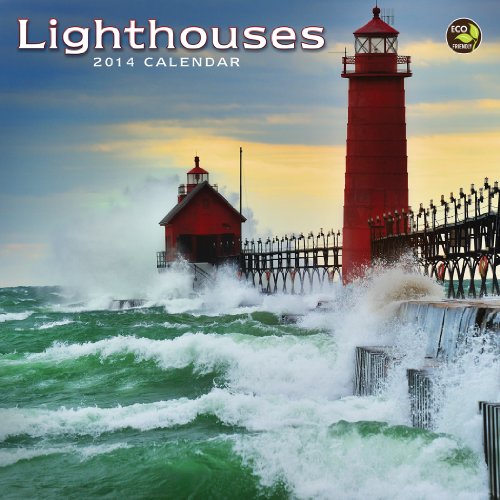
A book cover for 2014 Lighthouses Mini Calendar; TF Publishing; Calendars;